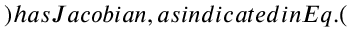
) h a s J a c o b i a n , a s i n d i c a t e d i n E q . (